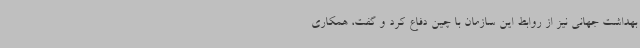
بهداشت جهانی نیز از روابط این سازمان با چین دفاع کرد و گفت، همکاری